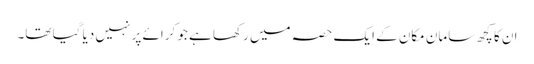
ان کا کچھ سامان مکان کے ایک حصہ میں رکھا ہے جو کرائے پر نہیں دیا گیا تھا۔